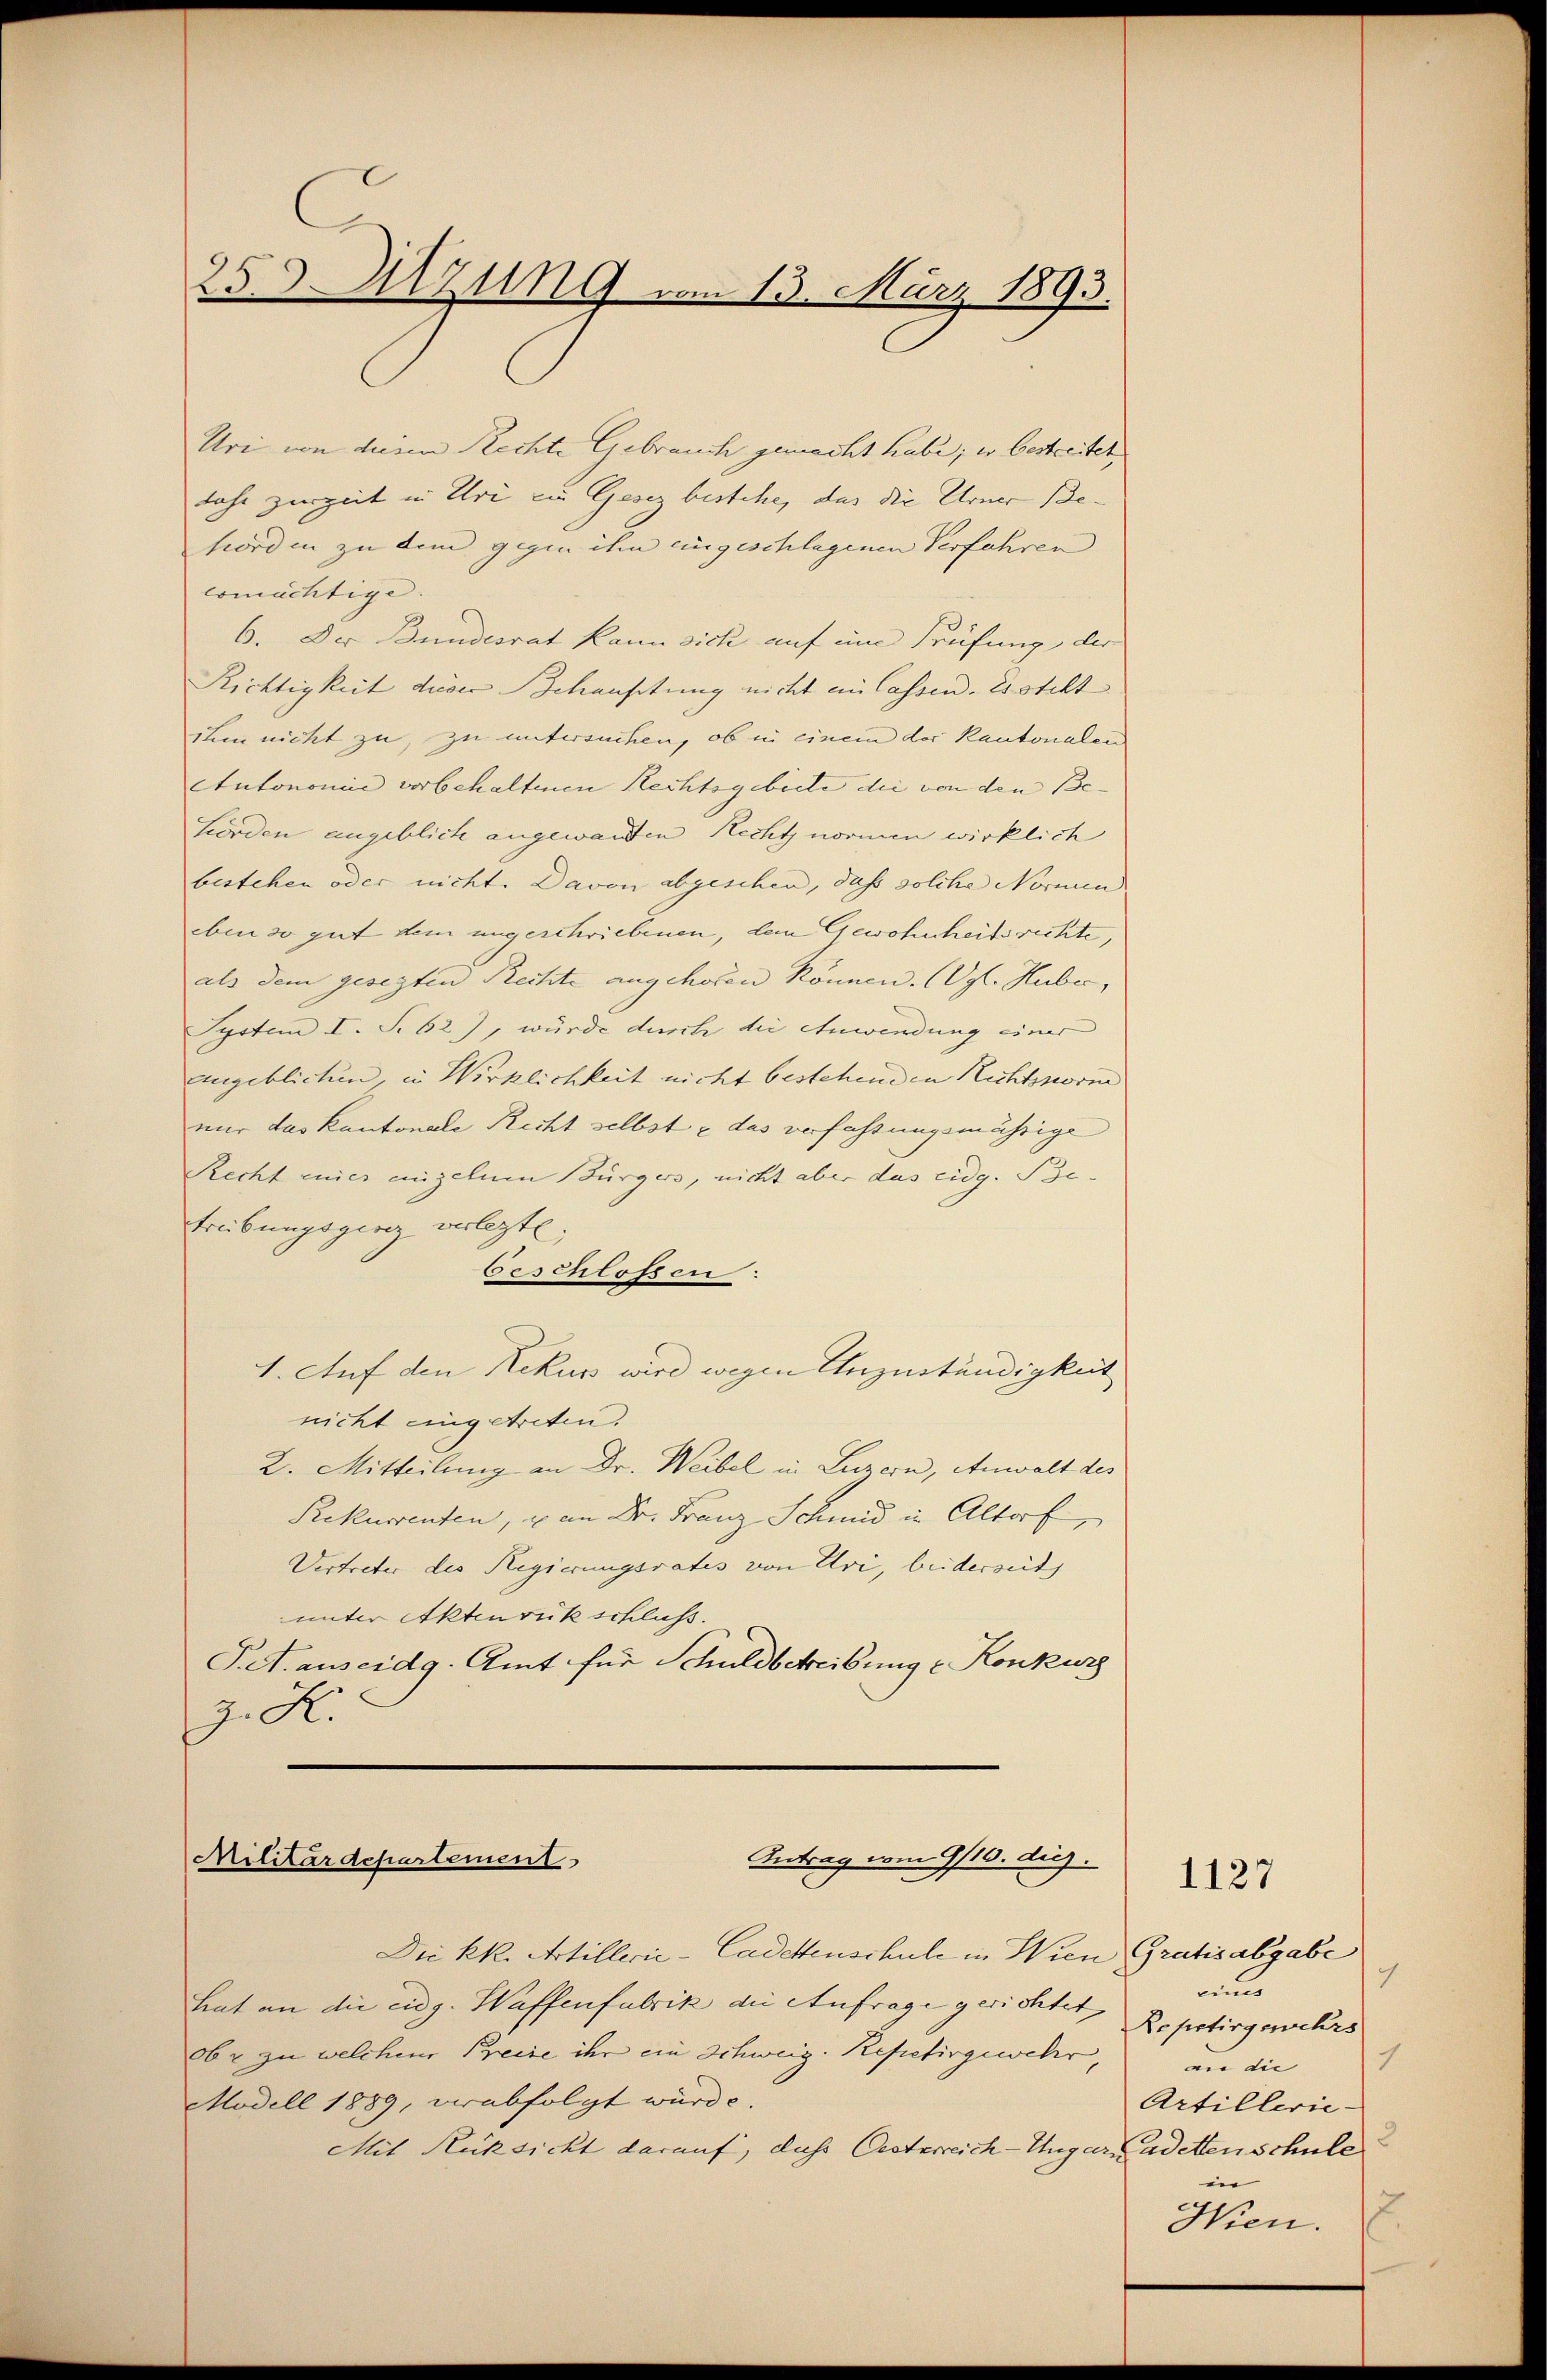
25 Sitzung vom 13. März 1893.

Uri von diese Rechte Gebrauch gemacht habe; er bestreitet
tahr zurzeit in Uri zu Gesez bestehe, das die Urner Behörden zu dem gegen ihn eingeschlagenen Verfahren
ermächtige.
6. Der Bundesrat kann sich auf eine Prüfung der
Richtigkeit dieser Schausstung nicht ein lassen. Es steht
ihm nicht zu, zu untersuchen, ob in einem der Kantonalen
Atutonomie vorbehaltenen Rechtsgebiete die von den Be-
hörden angeblich angewandten Recht normen wirklich
bestehen oder nicht. Davon abgeschen, daß solche Normen
eben so gut dem ungeschriebenen, dem Gewohnheitsrechte,
als dem gesezten Rechte angehören können. (Vgl. Huber,
System I. S. 62), würde durch die Anwendung einer
angeblichen, in Wirklichkeit nicht bestehenden Nichtsnorme
nur das Kantonale Recht selbst u das verfassungsmährige
Recht mich einzelnen Bürgers, nicht aber das eidg. Be-
treibungsgieg verlegte.
beschlossen:
1. Auf den Rekurs wird wegen Unzuständigkeit
nicht eingetreten.
2. Mitteilung an Dr. Weibel in Luzern, Anwalt des
Rekurrenten, u. an Dr. Franz Schmid in Altorf,
Vertreter des Regierungsrates von Uri, beiderseit |
unter Aktenrück schluss.
P.A. aus eidg. Amt für Schuldbetreibung u Konkurs
z. R.

Antrag vom 9/16. diej
Militärdepartement

Die kk. Artillerie-Cadettenschule in Wien Gratis abgabe
hat an die eidg. Waffenfabrik die Anfrage gerichtet,
06 r. zu welchen Preise ihr ein Schweiz. Repetirgewehr,
Modell 1889, verabfolgt wurde.
Mit Rücksicht darauf, dass Oesterreich-Ungarn adetten Schule

1127

te
aaus
Repetirgenehrs
vir die
Artillerie-
in
.
Hien.